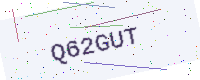
Text: Q62GUT